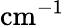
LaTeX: \textrm{cm}^{-1}